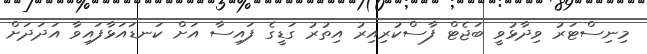
މިނިސްޓަރު ވިދާޅުވީ ބަޖެޓް ފާސްކުރިއިރު އިތުރު ގަޑީގެ ފައިސާ އަށް ކަނޑައަޅާފައިވާ އަދަދަށް